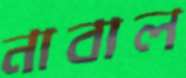
নাবাল